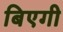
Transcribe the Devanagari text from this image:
बिएगी